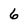
Character: 6